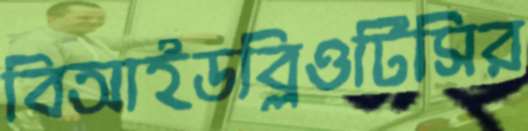
বিআইডব্লিওটিসির